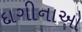
દાગીનાઓ